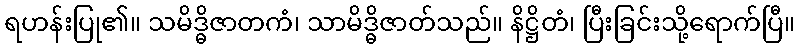
ရဟန်းပြု၏။ သမိဒ္ဓိဇာတကံ၊ သာမိဒ္ဓိဇာတ်သည်။ နိဋ္ဌိတံ၊ ပြီးခြင်းသို့ရောက်ပြီ။